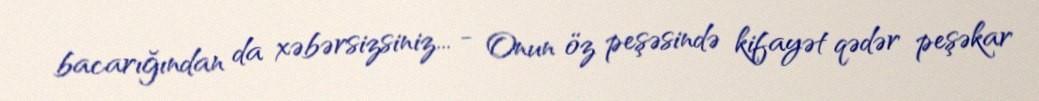
bacarığından da xəbərsizsiniz... - Onun öz peşəsində kifayət qədər peşəkar